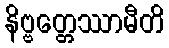
နိဗ္ဗတ္တေဿာမီတိ